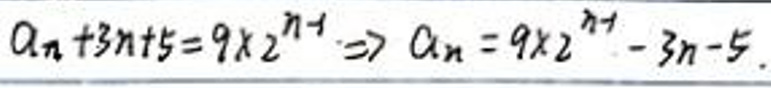
$a_{n}+3n+5 = 9\times2^{n-1}\Rightarrow a_{n}=9\times2^{n-1}-3n - 5$